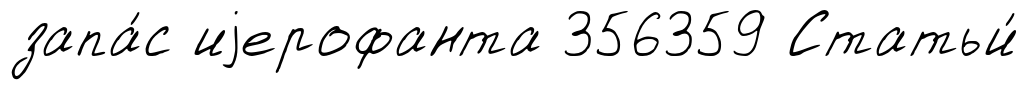
запа́с иjерофанта 356359 Статьи́